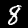
Digit: 8